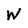
Character: W